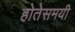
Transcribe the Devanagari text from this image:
होतेसमयी